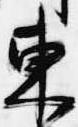
東